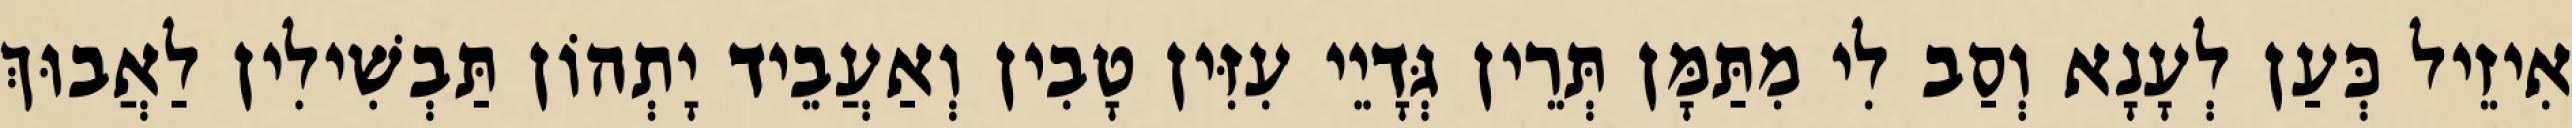
אִיזֵיל כְּעַן לְעָנָא וְסַב לִי מִתַּמָּן תְּרֵין גְּדָיֵי עִזִּין טָבִין וְאַעֲבֵיד יָתְהוֹן תַּבְשִׁילִין לַאֲבוּךְ